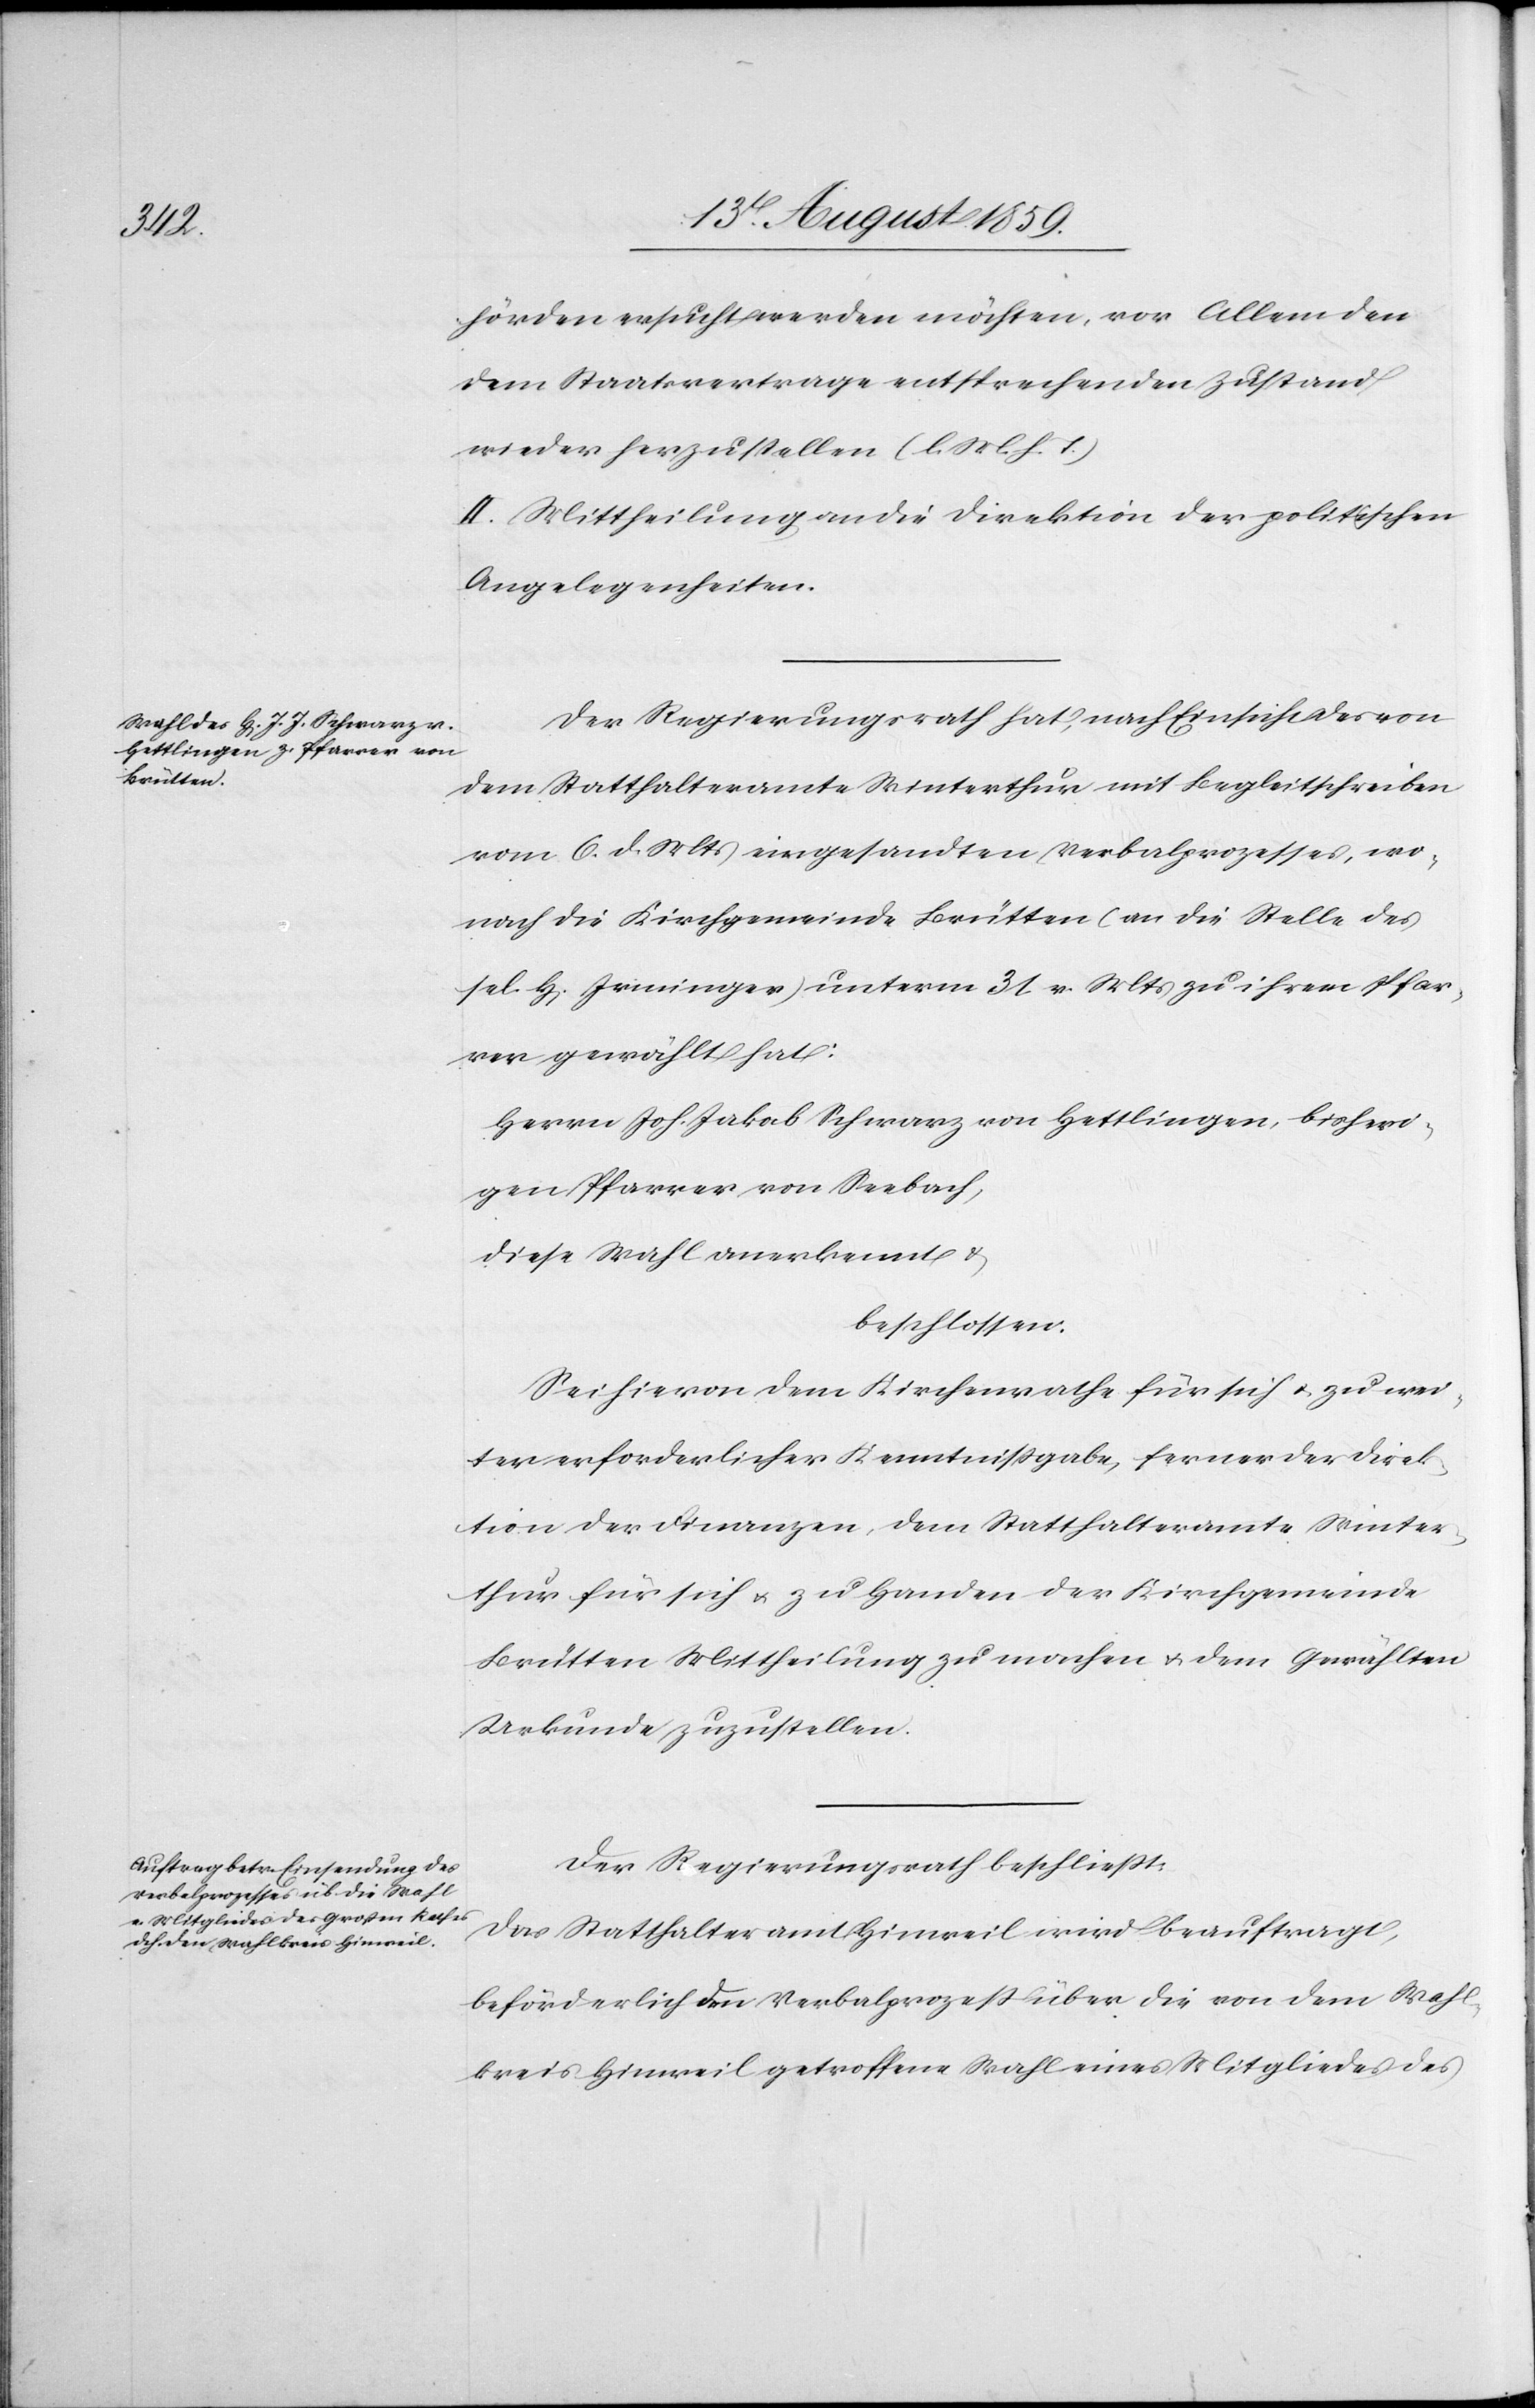
hörden ersucht werden möchten, vor Allem den
dem Staatsvertrage entsprechenden Zustand
wieder herzustellen (l. M. h. T.)
II. Mittheilung an die Direktion der politischen
Angelegenheiten.
Der Regierungsrath hat, nach Einsicht des von
dem Statthalteramte Winterthur mit Begleitschreiben
vom 6. d. Mts. eingesandten Verbalprozesses, wo¬
nach die Kirchgemeinde Brütten (an die Stelle des
sel. H[errn] Irminger) unterm 3t. v. Mts. zu ihrem Pfar¬
rer gewählt hat:
Herrn Joh. Jakob Schwarz von Hettlingen, bisheri¬
gen Pfarrer von Seebach,
diese Wahl anerkennt u.
beschlossen:
Sei hievon dem Kirchenrathe für sich u. zu wei¬
ter erforderlicher Kenntnißgabe, ferner der Direk¬
tion der Finanzen, dem Statthalteramte Winter¬
thur für sich u. zu Handen der Kirchgemeinde
Brütten Mittheilung zu machen u. dem Gewählten
Urkunde zuzustellen.
Der Regierungsrath beschließt:
Das Statthalteramt Hinweil wird beauftragt,
beförderlich den Verbalprozeß über die von dem Wahl¬
kreis Hinweil getroffene Wahl eines Mitgliedes des